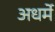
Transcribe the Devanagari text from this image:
अधर्मे